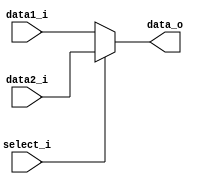
module CtrlMux(data1_i,data2_i,select_i,data_o);
    input [4:0] data1_i,data2_i;
    input select_i;
    output [4:0] data_o;
    assign data_o = ( select_i ? data2_i : data1_i );
endmodule